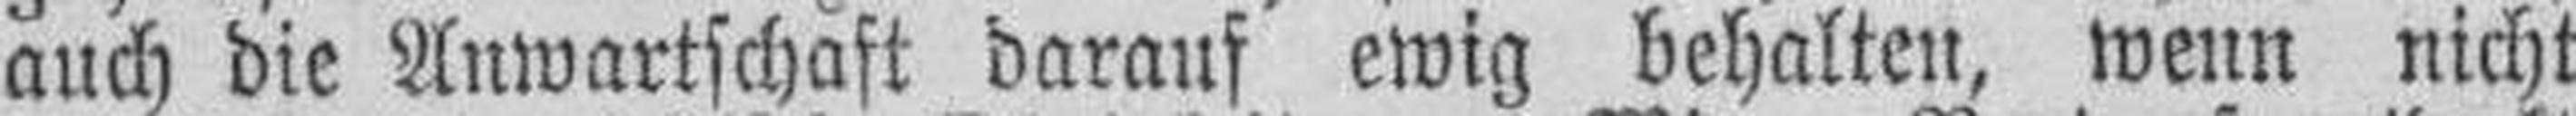
auch die Anwartschaft darauf ewig behalten, wenn nicht